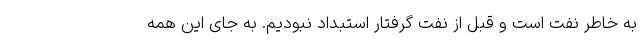
به خاطر نفت است و قبل از نفت گرفتار استبداد نبودیم. به جای این همه